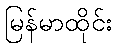
မြန်မာထိုင်း